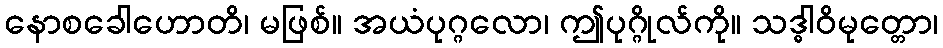
နောစခေါဟောတိ၊ မဖြစ်။ အယံပုဂ္ဂလော၊ ဤပုဂ္ဂိုလ်ကို။ သဒ္ဓါဝိမုတ္တော၊